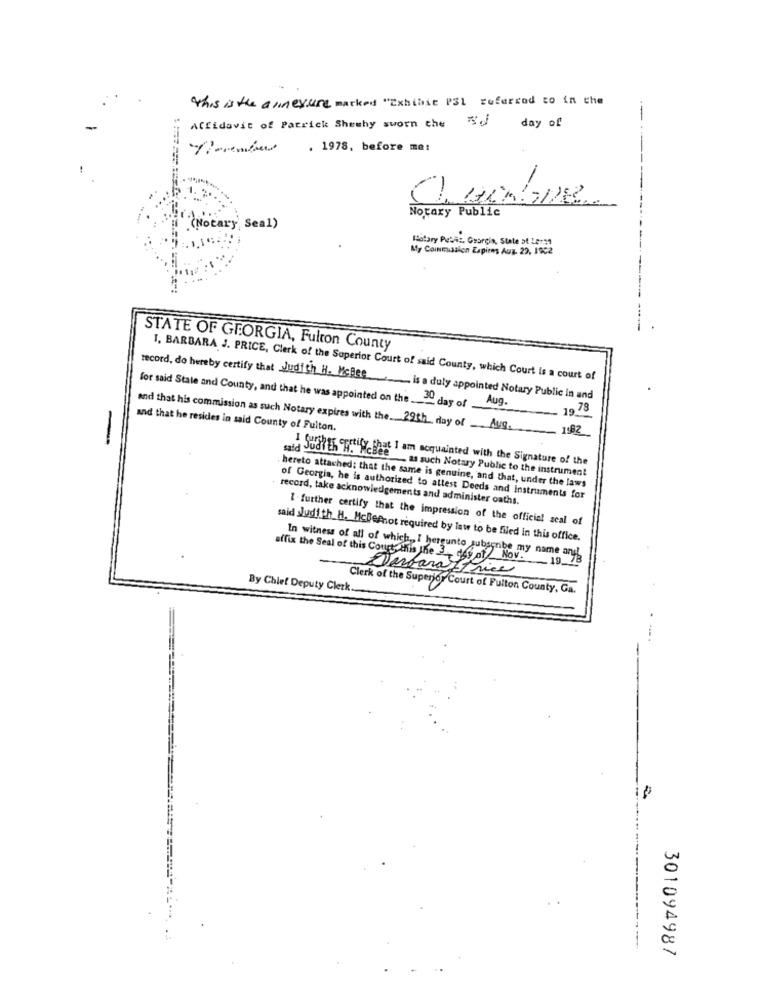
this is the anneyure marked "Exhibit PSL referred to in the
Affidavit of Patrick Shewhy sworn the of day of
. 1978, before me:
-
Notary Public
(Notary Seal)
flotary Pebis, Grargis, State 5t 18131
My Commission Espires Auz. 29, 1902
STATE OF GEORGIA, Fulton County
I. BARBARA J. PRICE, Clerk of the Superior Court of said County, which Court is a court of
record, do hereby certify that Judith H. Mcise is a duly appointed Notary Public in and
for said State and County, and that he was appointed on the 30day of Aug.
and that he resides in said County of Fulton
-
and that his commission as such Notary expires with the 29th day of Aug. ILB2
SuatEr oprity that I am acquainted with the Signature of the
ee . as such Notary Public to the instrument
hereto attached; that the same is genuine, and that, under the laws
record, take acknowledgements and administer oaths.
of Georgia, he is authorized to attest Deeds and Instruments for
1-further certify that the impression of the official scal of
said _Judith H. McBefnot required by law to be filed in this office.
affix the Seal of this Court this the 3 of Nov.
In witness of all of which ,, I hergunto subscribe my name ansh
Derbarattrice
By Chief Deputy Clerk.
Clerk of the Superior Court of Fulton County, Ga.
301094987